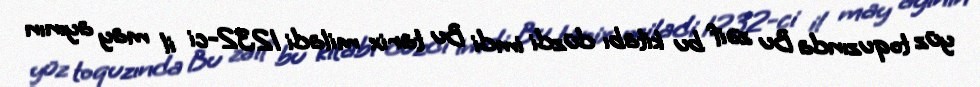
yüz toquzında Bu zəif bu kitabı düzdi imdi Bu tarix miladi 1232-ci il may ayının